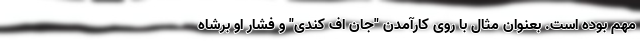
مهم بوده است. بعنوان مثال با روی کارآمدن "جان اف کندی" و فشار او برشاه